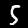
Label: 5